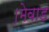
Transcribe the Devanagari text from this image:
।मेवाड